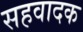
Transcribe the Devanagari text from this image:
सहवादक